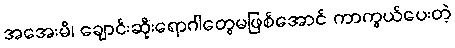
အအေးမိ၊ ချောင်းဆိုးရောဂါတွေမဖြစ်အောင် ကာကွယ်ပေးတဲ့